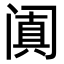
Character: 阗